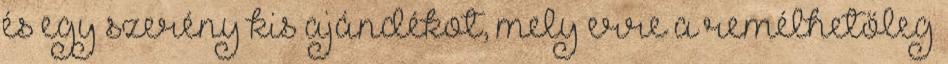
és egy szerény kis ajándékot, mely erre a remélhetőleg